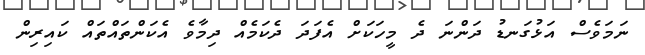
ނަމަވެސް އަޅުގަނޑު ދަންނަ ދެ މީހަކަށް އެފަދަ ދެކަމެއް ދިމާވެ އެކަންތައްތައް ކައިރިން